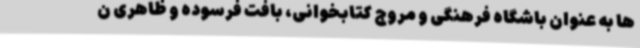
ها به عنوان باشگاه فرهنگی و مروج کتابخوانی، بافت فرسوده و ظاهری ن